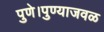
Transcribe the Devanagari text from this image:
पुणे।पुण्याजवळ